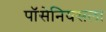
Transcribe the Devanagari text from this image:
पॉसेनियसला